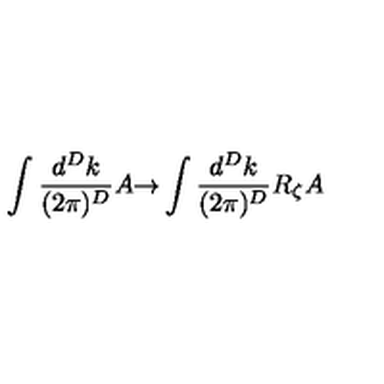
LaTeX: \int \frac { d ^ { D } k } { ( 2 \pi ) ^ { D } } A { \rightarrow } \int \frac { d ^ { D } k } { ( 2 \pi ) ^ { D } } R _ { \zeta } A